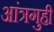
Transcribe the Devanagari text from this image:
आंत्रगुही